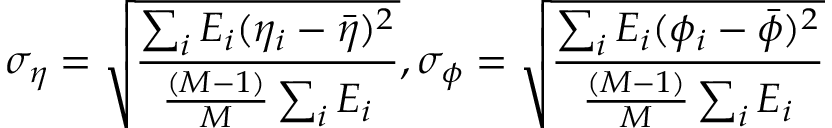
\footnotesize \sigma _ { \eta } = \sqrt { \frac { \sum _ { i } E _ { i } ( \eta _ { i } - \bar { \eta } ) ^ { 2 } } { \frac { ( M - 1 ) } { M } \sum _ { i } E _ { i } } } , \sigma _ { \phi } = \sqrt { \frac { \sum _ { i } E _ { i } ( \phi _ { i } - \bar { \phi } ) ^ { 2 } } { \frac { ( M - 1 ) } { M } \sum _ { i } E _ { i } } }